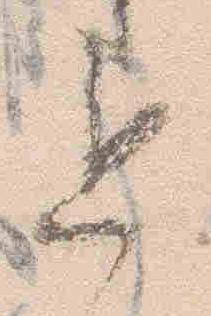
退